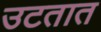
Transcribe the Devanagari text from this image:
उटतात